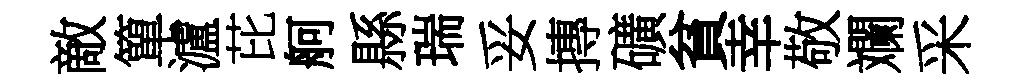
敵簞瀘芘舸縣瑞妥摶礦貧幸敬斕采